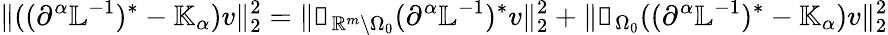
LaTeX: \| ((\partial^{\alpha}\mathbb{L}^{-1})^{*}-\mathbb{K}_{\alpha})v\| _{2}^{2}=\| \mathbb{1}_{\mathbb{R}^{m}\setminus\Omega_{0}}(\partial^{\alpha}\mathbb{L}^{-1})^{*}v\| _{2}^{2}+\| \mathbb{1}_{\Omega_{0}}((\partial^{\alpha}\mathbb{L}^{-1})^{*}-\mathbb{K}_{\alpha})v\| _{2}^{2}